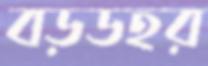
বড়ডহর